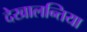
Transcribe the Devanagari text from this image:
देखालन्तिया